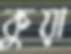
কুয়া